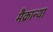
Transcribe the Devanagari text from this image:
मैक्रान्था